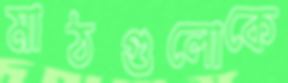
মাঠগুলোকে